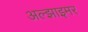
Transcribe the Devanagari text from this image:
अल्‍झाइमर